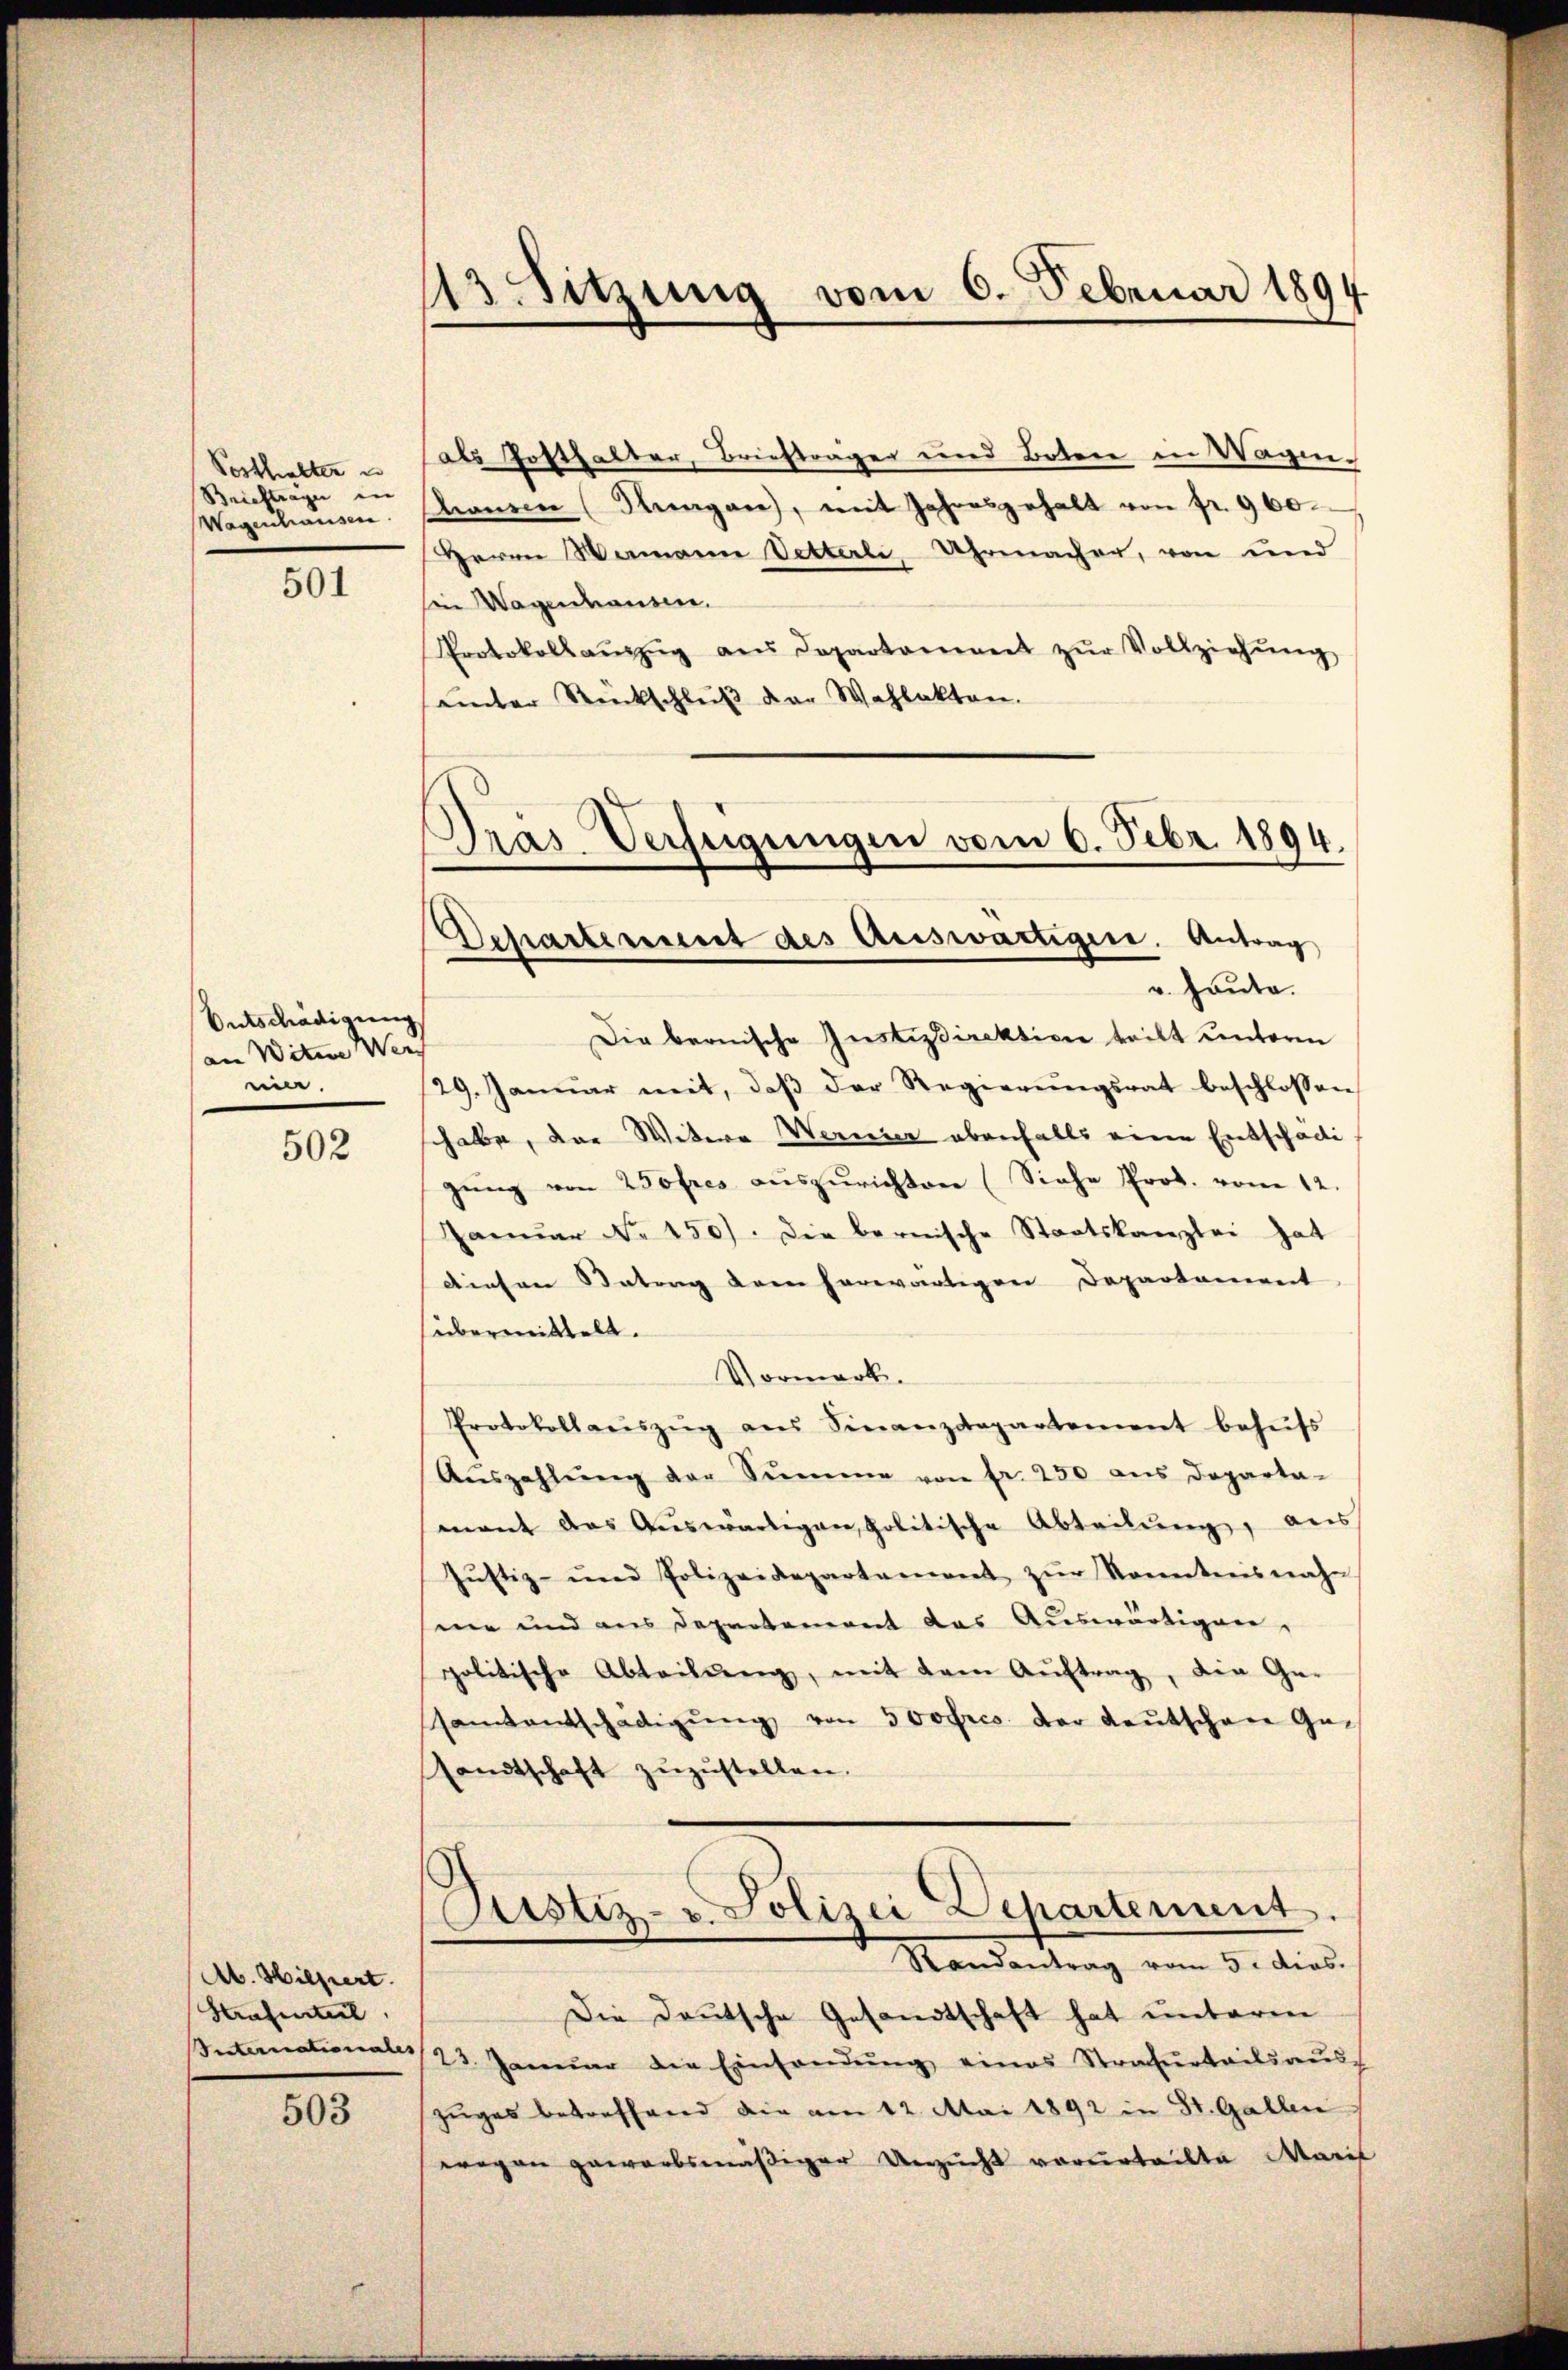
Vosthalter un
Brieftrage in
Wegenhausen.

501

Entschädigung
am Witwe Wer
nia.

502

Ab. Hilfiert.
Strafenteil

503

113. Sitzung vom 6. Februar 1894

als Gotthalter, Briefträger und Boten in Wagen.
Manden (Kungen, mit Jahresgehalt von fr. 960.
Herrn Wamann Vetterli, Uhrmacher, von und
Ein Wagenanten.
Protokollaŭszŭg aŭs Departament zŭr Vollziehŭng
unter Rückschluß der Wahlakten.
Dras Verfügungen vom 6. Febr. 1894.

Departement des Auswärtigen. Antrag
v. Heute.

Die bernische Instizdirektion teilt unterm
29. Janŭar mit, daβ der Regierŭngsrat beschlossen
habe, der Witwe Wernier ebenfalls eine Entschädigŭng von 250 fres aŭszŭrichten (Siehe Prot. vom 12.
Janŭar No 150). Die bernische Staatskanzlei hat
diesen Betrag dem herwärtigen Departement
übermittelt.
Vormerk.
Protokollaŭszŭg aŭs Finanzdepartement behŭfs
Aŭszahlŭng der Sŭmme von fr. 250 aus Departa-
mant das Auswärtigen politische Abteilŭng, aus
Jŭstiz- und Polizeidepartement zŭr Kenntnisnahe
ner und aus Departement das Auswärtigen,
politische Abteilŭng, mit dem Aŭftrag, die Ge-
samtentschädigŭng von 300frcs. der Kautschene Geandtschaft zŭzŭstellen.
Justiz- u. Polizei Departement.
Randantrag vom 5. dies
Die Deutsche Gesandtschaft hat unterm
nternationals 23. Januar die Einsandŭng eines Strafŭrtails aŭs-
zuges betreffend die am 12. Mai 1892 in St. Gallen
wegen gewarbsmäßiger Unzucht vorurteilte Marif